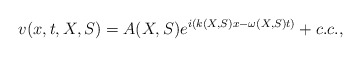
\begin{align*}v(x,t,X,S)=A(X,S)e^{i(k(X,S)x-\omega(X,S)t)}+c.c.,\end{align*}